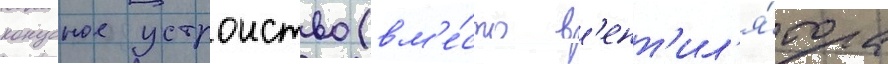
конусное устроиство (вм'е́сто в'ент'ил'я́тора